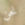
نحن